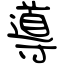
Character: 導